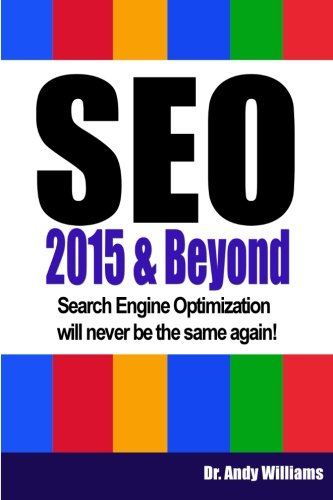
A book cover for SEO 2015 & Beyond: Search engine optimization will never be the same again! (Webmaster Series) (Volume 1); Dr. Andy Williams; Computers & Technology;